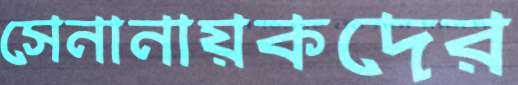
সেনানায়কদের